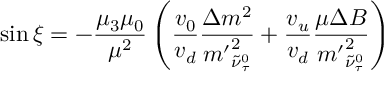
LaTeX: \sin \xi = - \frac { \mu _ { 3 } \mu _ { 0 } } { \mu ^ { 2 } } \left( \frac { v _ { 0 } } { v _ { d } } \frac { \Delta m ^ { 2 } } { { m ^ { \prime } } _ { \tilde { \nu } _ { \tau } ^ { 0 } } ^ { 2 } } + \frac { v _ { u } } { v _ { d } } \frac { \mu \Delta B } { { m ^ { \prime } } _ { \tilde { \nu } _ { \tau } ^ { 0 } } ^ { 2 } } \right)